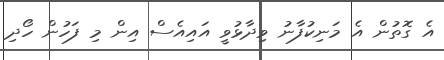
އެ ގޮތުން އެ މަނިކުފާނު ވިދާޅުވީ އައިއެސް އިން މި ފަހުން ހޯދި